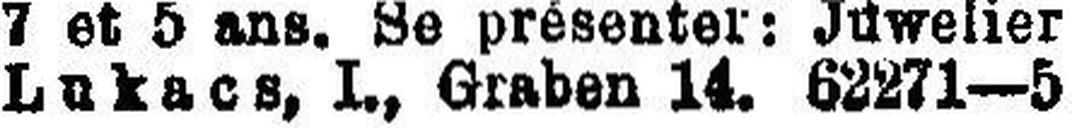
Lukacs, I., Graben 14. 62271—5